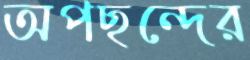
অপছন্দের